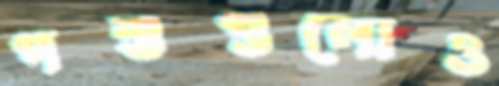
পশুগুলোও